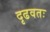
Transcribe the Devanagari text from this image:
दृढवतः